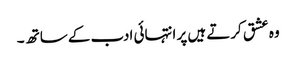
وہ عشق کرتے ہیں پر انتہائی ادب کے ساتھ ۔